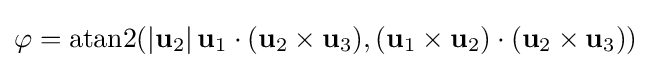
\varphi =\operatorname {atan2} (|\mathbf {u} _{2}|\,\mathbf {u} _{1}\cdot (\mathbf {u} _{2}\times \mathbf {u} _{3}),(\mathbf {u} _{1}\times \mathbf {u} _{2})\cdot (\mathbf {u} _{2}\times \mathbf {u} _{3}))